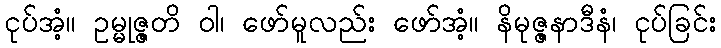
ငုပ်အံ့။ ဥမ္မုဇ္ဇတိ ဝါ၊ ဖော်မူလည်း ဖော်အံ့။ နိမုဇ္ဇနာဒီနံ၊ ငုပ်ခြင်း